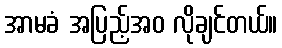
အာမခံ အပြည့်အဝ လိုချင်တယ်။